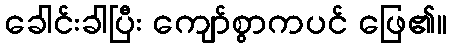
ခေါင်းခါပြီး ကျော်စွာကပင် ဖြေ၏။